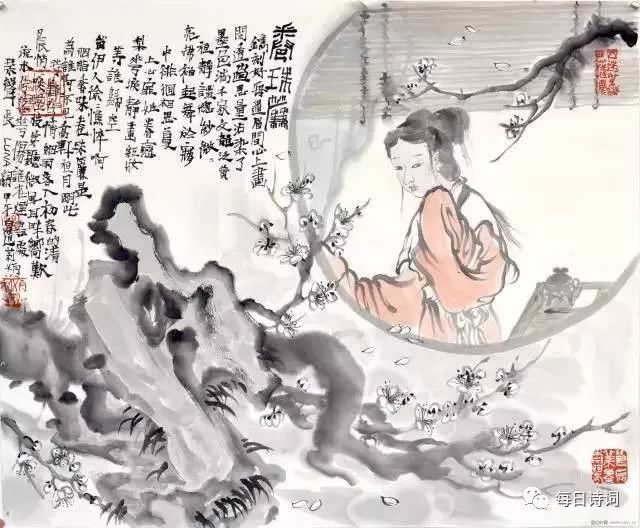
柳径无人，堕絮飞无影。